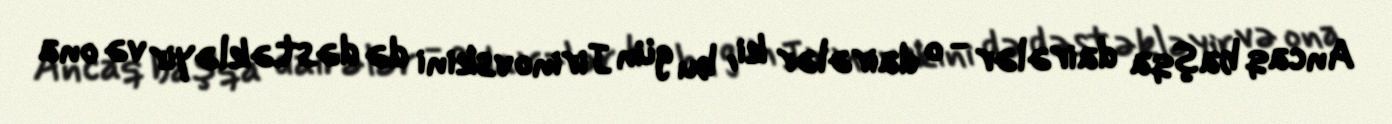
Ancaq başqa dairələr - o dairələr ki, bu gün Jirinovskini də dəstəkləyir və ona